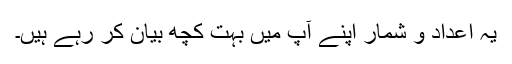
یہ اعداد و شمار اپنے آپ میں بہت کچھ بیان کر رہے ہیں۔